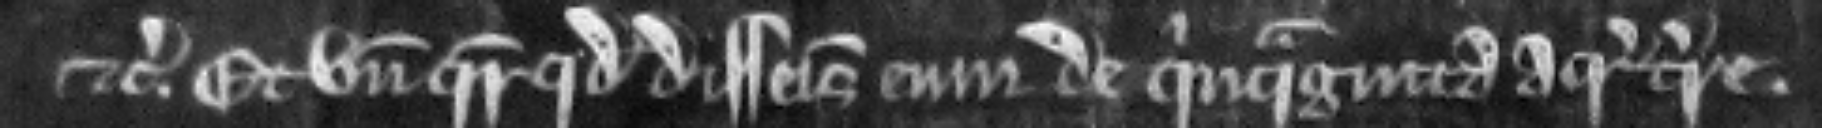
etc. Et unde queritur quod disseisivit eum de quinquaginta acris terre.